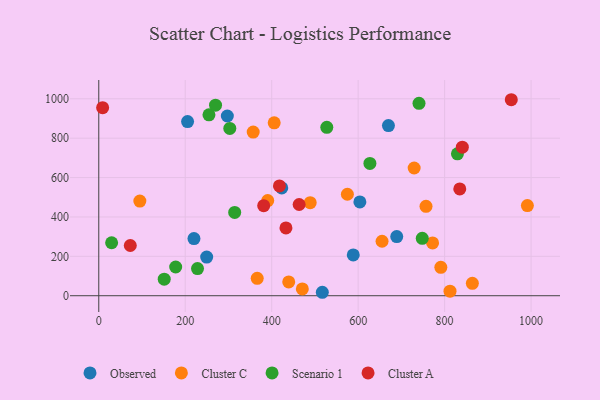
{"axis": {"x": "Price", "y": "Demand"}, "legend": ["Cluster A", "Cluster C", "Observed", "Scenario 1"], "data": [{"x": "588.7", "y": 207.4, "type": "Observed"}, {"x": "297.4", "y": 912.6, "type": "Observed"}, {"x": "423.3", "y": 547.2, "type": "Observed"}, {"x": "205.4", "y": 884.0, "type": "Observed"}, {"x": "604.0", "y": 476.4, "type": "Observed"}, {"x": "689.3", "y": 300.2, "type": "Observed"}, {"x": "670.1", "y": 863.7, "type": "Observed"}, {"x": "220.2", "y": 290.3, "type": "Observed"}, {"x": "249.6", "y": 196.4, "type": "Observed"}, {"x": "517.1", "y": 17.5, "type": "Observed"}, {"x": "864.2", "y": 63.1, "type": "Cluster C"}, {"x": "772.2", "y": 268.0, "type": "Cluster C"}, {"x": "812.5", "y": 22.9, "type": "Cluster C"}, {"x": "95.0", "y": 480.5, "type": "Cluster C"}, {"x": "791.3", "y": 144.1, "type": "Cluster C"}, {"x": "357.2", "y": 830.7, "type": "Cluster C"}, {"x": "390.8", "y": 482.9, "type": "Cluster C"}, {"x": "470.9", "y": 34.4, "type": "Cluster C"}, {"x": "489.1", "y": 472.3, "type": "Cluster C"}, {"x": "439.4", "y": 70.1, "type": "Cluster C"}, {"x": "366.5", "y": 88.3, "type": "Cluster C"}, {"x": "655.3", "y": 276.5, "type": "Cluster C"}, {"x": "991.5", "y": 457.5, "type": "Cluster C"}, {"x": "757.0", "y": 453.8, "type": "Cluster C"}, {"x": "729.6", "y": 648.4, "type": "Cluster C"}, {"x": "405.8", "y": 877.8, "type": "Cluster C"}, {"x": "575.1", "y": 515.2, "type": "Cluster C"}, {"x": "177.9", "y": 145.8, "type": "Scenario 1"}, {"x": "748.3", "y": 291.2, "type": "Scenario 1"}, {"x": "627.2", "y": 671.8, "type": "Scenario 1"}, {"x": "527.5", "y": 855.3, "type": "Scenario 1"}, {"x": "29.7", "y": 269.0, "type": "Scenario 1"}, {"x": "829.7", "y": 720.5, "type": "Scenario 1"}, {"x": "254.9", "y": 918.6, "type": "Scenario 1"}, {"x": "151.4", "y": 83.9, "type": "Scenario 1"}, {"x": "740.8", "y": 976.9, "type": "Scenario 1"}, {"x": "314.4", "y": 423.1, "type": "Scenario 1"}, {"x": "228.4", "y": 137.9, "type": "Scenario 1"}, {"x": "270.1", "y": 967.5, "type": "Scenario 1"}, {"x": "303.1", "y": 849.5, "type": "Scenario 1"}, {"x": "954.3", "y": 995.2, "type": "Cluster A"}, {"x": "841.0", "y": 754.5, "type": "Cluster A"}, {"x": "835.1", "y": 542.2, "type": "Cluster A"}, {"x": "381.5", "y": 457.2, "type": "Cluster A"}, {"x": "8.9", "y": 954.7, "type": "Cluster A"}, {"x": "433.0", "y": 344.5, "type": "Cluster A"}, {"x": "72.9", "y": 254.9, "type": "Cluster A"}, {"x": "417.9", "y": 557.3, "type": "Cluster A"}, {"x": "463.5", "y": 463.3, "type": "Cluster A"}]}